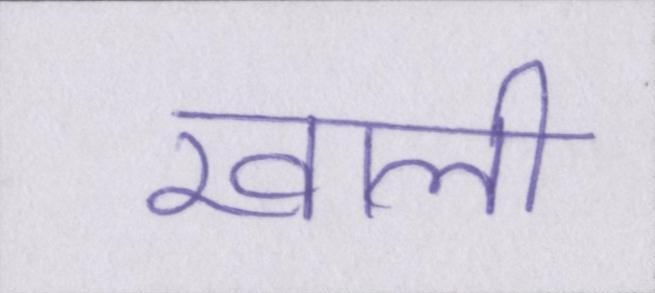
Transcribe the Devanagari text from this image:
खाली